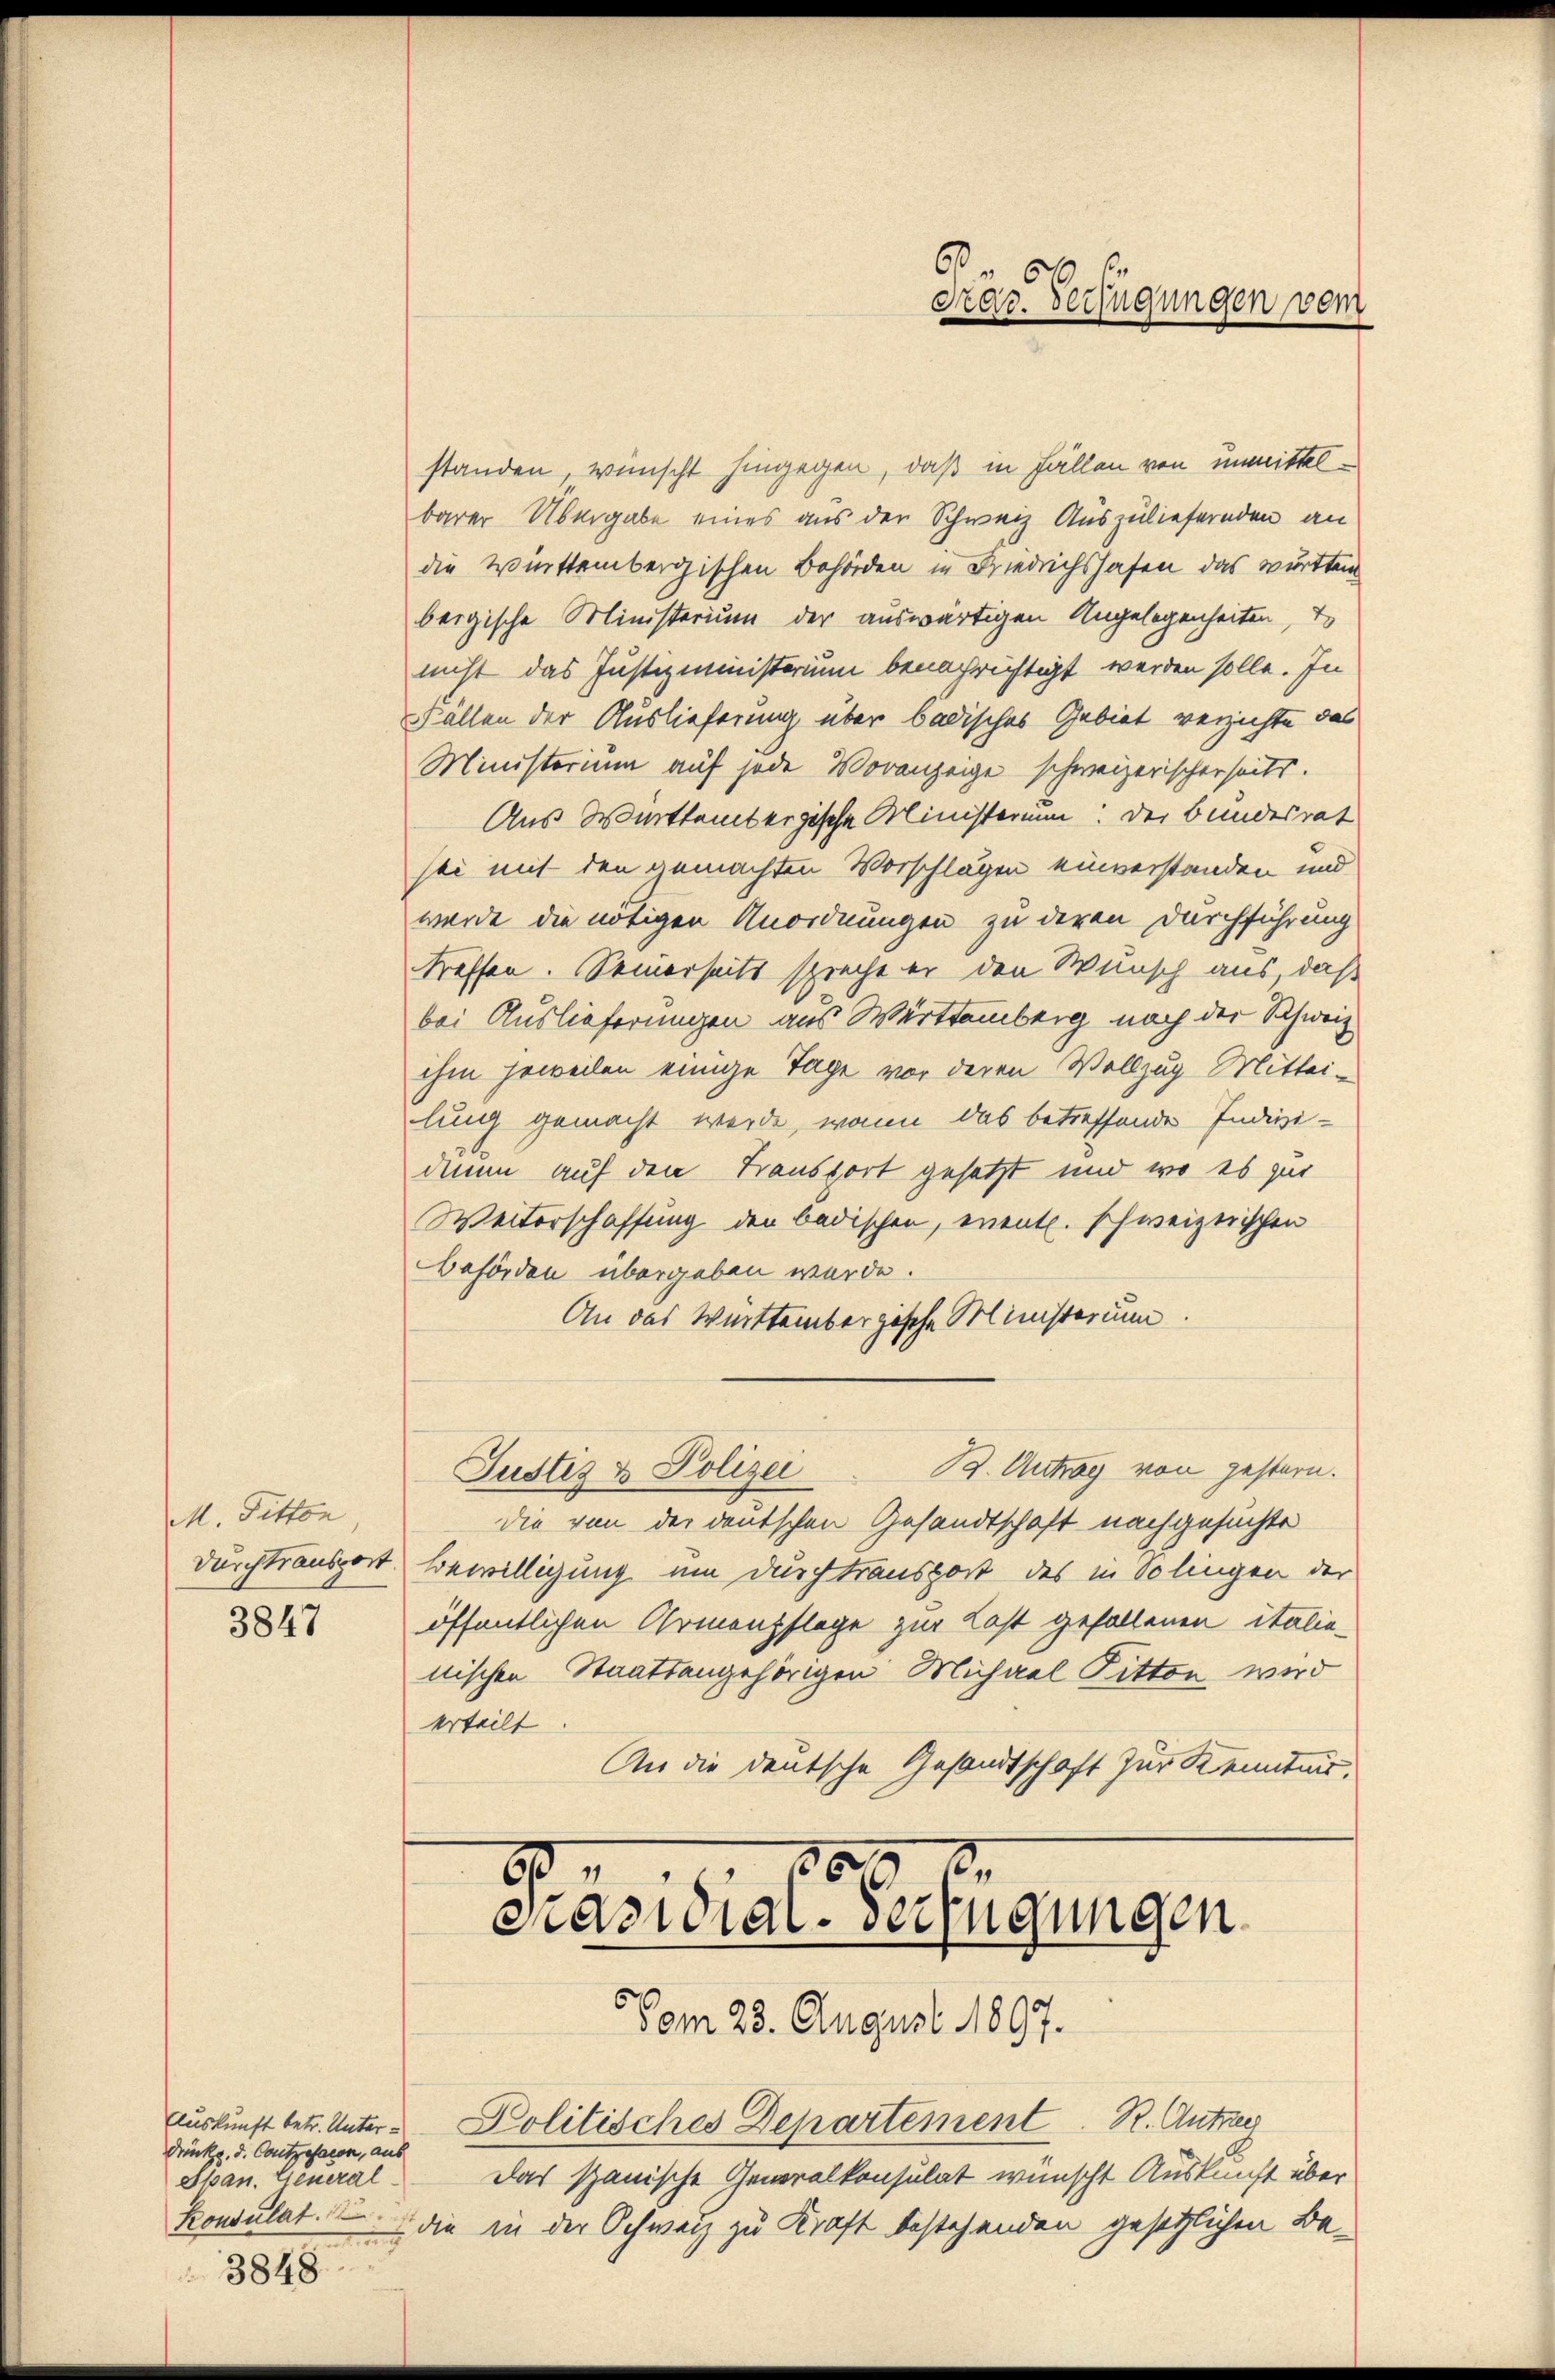
M. Pitten,

3847

standen, wünscht hingegen, daß in Fällen von unmittelbarer Übergabe eines aus der Schweiz Auszuliefernden an
die Württembergischen Behörden in Friedrichshafen das württen
bergische Ministerium der auswärtigen Angelegenheiten, d
nicht das Justizministerium benachrichtigt werden solle. In
Fällen der Auslieferung über badisches Gebiet verzichte das
Ministerium auf jede Voranzeige schweizerischerseits.
Aus Württembergische Ministerium: der Bundesrat
sei mit den gemachten Vorschlägen einverstanden und
wurde die nötigen Anordnungen zu deren Durchführung
treffen. Seinerseits spreche er den Wunsch aus, daß
bei Auslieferungen aus Werttemberg nach der Schweiz
ihm jeweilen einige Tage vor deren Vollzug Mittei-
ling gemacht werde, wann das betreffende Indivi-
denen auf den Transport gesetzt und wo es zur
Weiterschaffung den badischen, eventl. schweizerischen
Behörden übergeben wurde.
An das Werttembergische Ministerium.
Justiz & Polizei B. Antrag von gestern.
die von der deutschen Gesandtschaft nachgesuchte
durchtransport Bewilligung um durch transport des in Solingen der
öffentlichen Armenpflege zur Last gefallenen italie-
nischen Staatsangehörigen Michael Pitten wird
erteilt
An die deutsche Gesandtschaft zur Kenntnis.
d
387
2

Auskunft betr. Unter¬
Drücke, d. Cantzesaren, aus
Shan. Feueral
Konsulat.
3848

Graz. Verfügungen vom

Politisches Departement. R. Antrag
Das spanische Generalkonsulat wünscht Auskunft über
die in der Schweiz zu Kraft bestehenden gesetzlichen Be¬

Präsidial-Verfügungen
5 vom 28. August 1897.